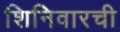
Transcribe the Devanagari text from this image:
शिनिवारची